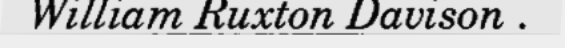
William Ruxton Davison .